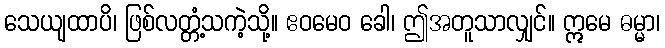
သေယျထာပိ၊ ဖြစ်လတ္တံ့သကဲ့သို့။ ဧဝမေဝ ခေါ၊ ဤအတူသာလျှင်။ ဣမေ ဓမ္မာ၊